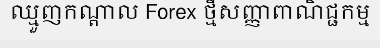
ឈ្មួញកណ្តាល Forex ថ្មីសញ្ញាពាណិជ្ជកម្ម